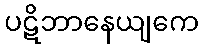
ပဋိဘာနေယျကေ